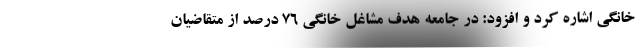
خانگی اشاره کرد و افزود: در جامعه هدف مشاغل خانگی ۷۶ درصد از متقاضیان